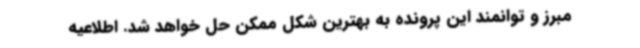
مبرز و توانمند این پرونده به بهترین شکل ممکن حل خواهد شد. اطلاعیه